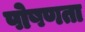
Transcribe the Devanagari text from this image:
पोषणता